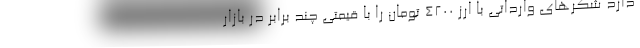
دارد شکرهای وارداتی با ارز ۴۲۰۰ تومان را با قیمتی چند برابر در بازار